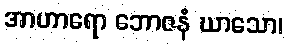
အာဟာရော ဘောဇနံ ဃာသော၊